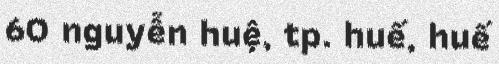
60 nguyễn huệ, tp. huế, huế